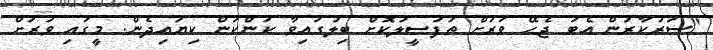
"ސަރުކާރުން އެބަ ޖެހޭ ވަރަށް ތަފުސީލުކޮށް ބިލުގައިވާ ކަންކަން ކިޔައިދެން. މީގައި ވަރަށް